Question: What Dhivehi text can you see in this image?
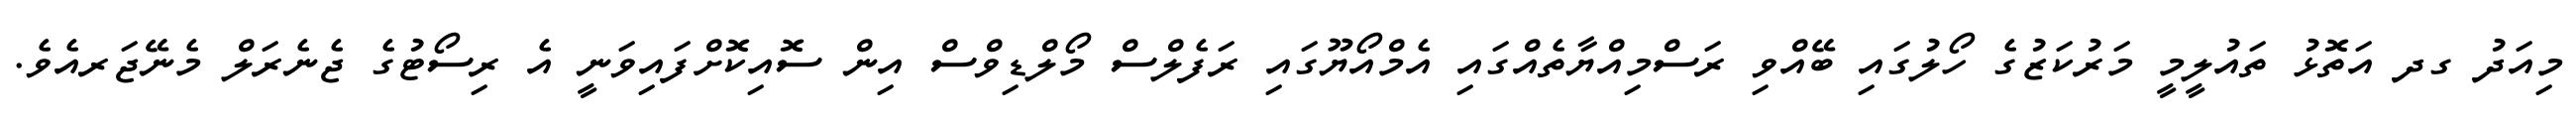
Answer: މިއަދު ގދ އަތޮޅު ތައުލީމީ މަރުކަޒުގެ ހޯލުގައި ބޭއްވި ރަސްމިއްޔާތެއްގައި އެމްއޯޔޫގައި ރަފެލްސް މޯލްޑިވްސް އިން ސޮއިކޮށްފައިވަނީ އެ ރިސޯޓުގެ ޖެނެރަލް މެނޭޖަރއެވެ.